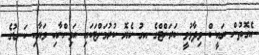
އެގޮތުން ރައީސް ވިދާޅުވީ ކަރަންޓްގެ އގު ހެޔޮ ކުރުމަށްޓަކައި އަވިންނާއި ވަޔާއި ކަނޑުގެ